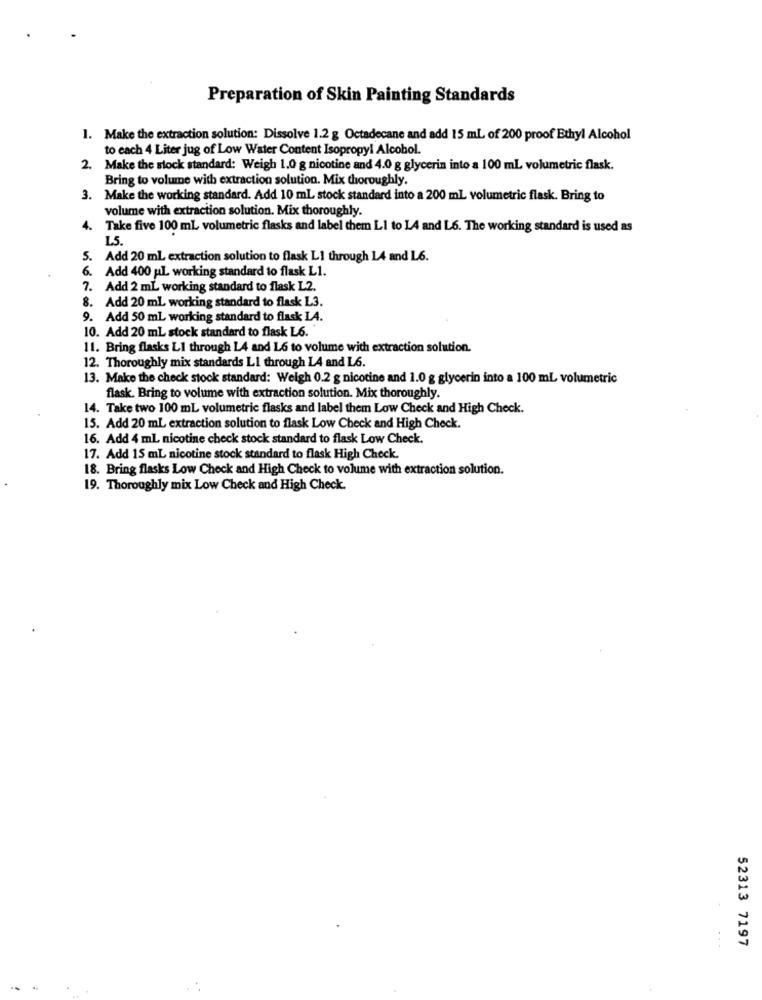
Preparation of Skin Painting Standards
1. Make the extraction solution: Dissolve 1.2 g Octadecane and add 15 mL of 200 proof Ethyl Alcohol
to each 4 Liter jug of Low Water Content Isopropyl Alcohol.
2. Make the slock standard: Weigh 1.0 g nicotine and 4.0 g glycerin into a 100 ml volumetric flask.
Bring to volume with extraction solution. Mix thoroughly.
3. Make the working standard. Add 10 mL stock standard into a 200 ml volumetric flask. Bring to
volume with extraction solution. Mix thoroughly.
4. Take five 100 mL volumetric flasks and label them LI to LA and L6. The working standard is used as
L5.
5. Add 20 ml extraction solution to flask L1 through 14 and L6.
6. Add 400 ul. working standard to flask L1.
7. Add 2 mL working standard to flask L2.
8. Add 20 ml working standard to flask L3.
9. Add 50 ml working standard to flask LA.
10. Add 20 mL stock standard to flask L6.
11. Bring flasks LI through L4 and L6 to volume with extraction solution.
12. Thoroughly mix standards LI through L4 and L6.
13. Make the check stock standard: Weigh 0.2 g nicotine and 1.0 g glycerin into a 100 mL volumetric
flask. Bring to volume with extraction solution. Mix thoroughly.
14. Take two 100 mL volumetric flasks and label them Low Check and High Check.
15. Add 20 mL extraction solution to flask Low Check and High Check.
16. Add 4 mL nicotine check stock standard to flask Low Check.
17. Add 15 mL nicotine stock standard to flask High Check.
18. Bring flasks Low Check and High Check to volume with extraction solution.
19. Thoroughly mix Low Check and High Check.
52313 7197